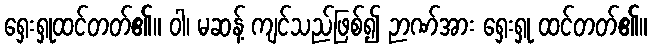
ရှေးရှုထင်တတ်၏။ ဝါ၊ မဆန့် ကျင်သည်ဖြစ်၍ ဉာဏ်အား ရှေးရှု ထင်တတ်၏။